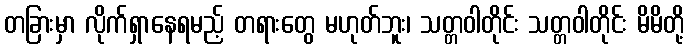
တခြားမှာ လိုက်ရှာနေရမည့် တရားတွေ မဟုတ်ဘူး၊ သတ္တဝါတိုင်း သတ္တဝါတိုင်း မိမိတို့